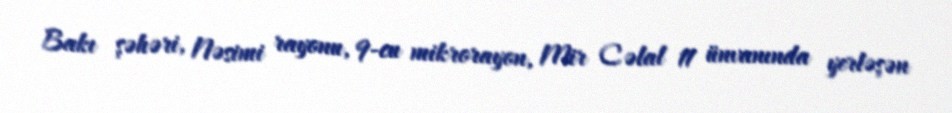
Bakı şəhəri, Nəsimi rayonu, 9-cu mikrorayon, Mir Cəlal 11 ünvanında yerləşən